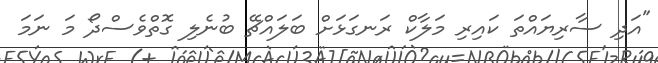
"އަދި ސާރިޔައްތަ ކައިރި މަލާކް ރަނގަޅަށް ބަލައްޗޭ ބުނެލި ގޮތްވެސްދޯ މަ ނަމަ